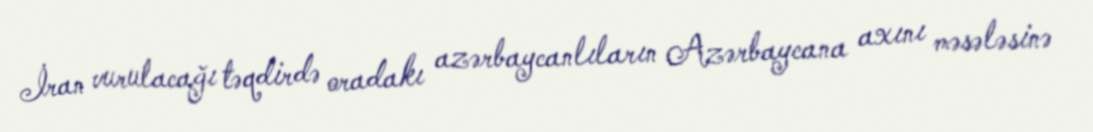
İran vurulacağı təqdirdə oradakı azərbaycanlıların Azərbaycana axını məsələsinə